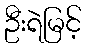
ဦးရဲမြင့်